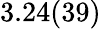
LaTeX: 3.24(39)